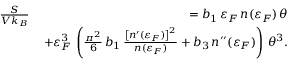
\begin{array} { r l r } & { \frac { S } { V k _ { B } } \, } & { = b _ { 1 } \, \varepsilon _ { F } \, n ( \varepsilon _ { F } ) \, \theta } \\ & { } & { + \varepsilon _ { F } ^ { 3 } \, \left( \frac { \pi ^ { 2 } } { 6 } \, b _ { 1 } \, \frac { \left[ n ^ { \prime } ( \varepsilon _ { F } ) \right] ^ { 2 } } { n ( \varepsilon _ { F } ) } + b _ { 3 } \, n ^ { \prime \prime } ( \varepsilon _ { F } ) \right) \, \theta ^ { 3 } . } \end{array}